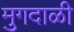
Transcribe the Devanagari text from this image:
मुगदाळी